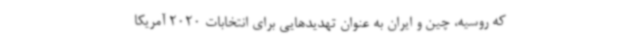
که روسیه، چین و ایران به عنوان تهدیدهایی برای انتخابات 2020 آمریکا